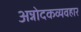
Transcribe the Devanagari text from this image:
अन्नोदकव्यवहार